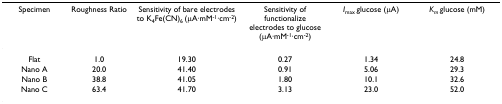
<table><thead><tr><td><b>Specimen</b></td><td><b>Roughness Ratio</b></td><td><b>Sensitivity of bare electrodes to K<sub>4</sub>Fe(CN)<sub>6 </sub>(μA·mM<sup>-1</sup>·cm<sup>-2</sup>)</b></td><td><b>Sensitivity of functionalize electrodes to glucose (μA·mM<sup>-1</sup>·cm<sup>-2</sup>)</b></td><td><b><i>I</i><sub>max </sub>glucose (μA)</b></td><td><b><i>K</i><sub><i>m </i></sub>glucose (mM)</b></td></tr></thead><tbody><tr><td>Flat</td><td>1.0</td><td>19.30</td><td>0.27</td><td>1.34</td><td>24.8</td></tr><tr><td>Nano A</td><td>20.0</td><td>41.40</td><td>0.91</td><td>5.06</td><td>29.3</td></tr><tr><td>Nano B</td><td>38.8</td><td>41.05</td><td>1.80</td><td>10.1</td><td>32.6</td></tr><tr><td>Nano C</td><td>63.4</td><td>41.70</td><td>3.13</td><td>23.0</td><td>52.0</td></tr></tbody></table>